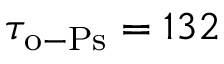
\tau _ { \mathrm { o - P s } } = 1 3 2